Vaccination in the Punjab 1897-1904 - 1897-1904
Year: 1897
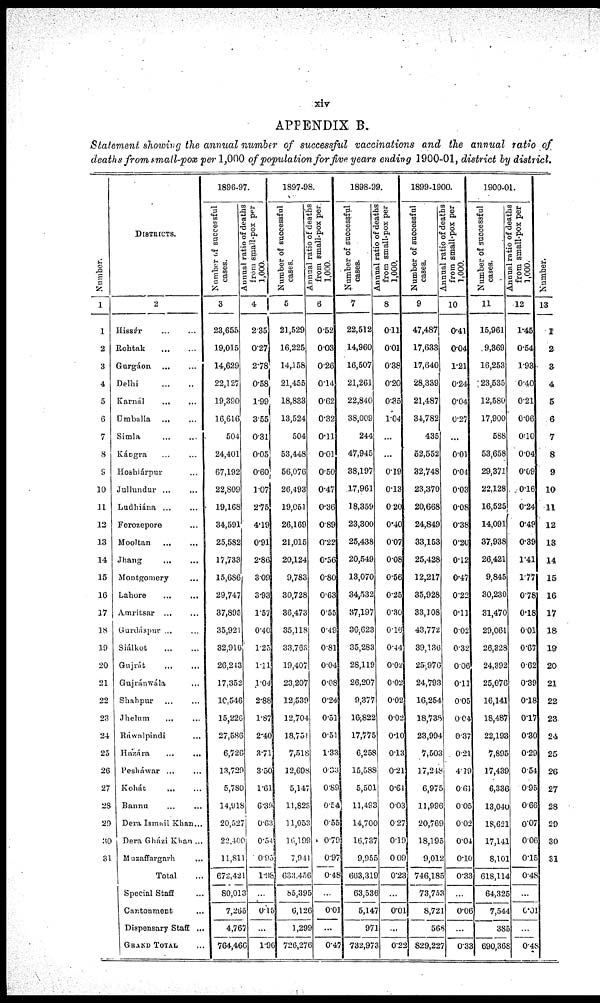
xiv
APPENDIX B.
Statement showing the annual number of successful vaccinations and the annual ratio of
deaths from small-pox per 1,000 of population for five years ending 1900-01, district by district.
Number.
1
1
2
3
4
5
6
7
8
9
10
11
12
13
14
15
16
17
18
19
20
21
22
23
24
25
26
27
28
29
30
31
DISTRICTS.
2
Hissár ... ...
Rohtak ... ...
Gurgáon ... ...
Delhi
...
...
Karnál ... ...
Umballa
...
...
Simla ... ...
Kángra ... ...
Hoshiárpur ... ...
Jullundur ...
...
Ludhiána ... ...
Ferozepore ...
Mooltan ... ...
Jhang ... ...
Montgomery ...
Lahore ... ...
Amritsar ... ...
Gurdáspur ... ...
Siálkot ... ...
Gujrát ... ...
Gujránwála ...
Shahpur ... ...
Jhelum ... ...
Ráwalpindi ...
Házára ... ...
Pesháwar ... ...
Kohát ... ...
Bannu ... ...
Dera Ismail Khan...
Dera Gházi Khan ...
Muzaffargarh ...
Total ...
Special Staff ...
Cantonment ...
Dispensary Staff ...
GRAND TOTAL ...
1896-97.
Number of successful
cases.
3
23,655
19,015
14,629
22,127
19,390
16,616
504
24,401
67,192
22,809
19,168
34,591
25,582
17,733
15,686
29,747
37,895
35,921
32,916
26,243
17,352
10,546
15,226
27,586
6,726
13,729
5,780
14,918
20,527
22,400
11,811
672,421
80,013
7,265
4,767
764,466
Annual ratio of deaths
from small-pox per
1,000.
4
2.35
0.27
2.78
0.58
1.99
3.55
0.31
0.05
0.60
1.07
2.75
4.19
0.91
2.86
3.09
3.93
1.57
0.40
1.23
1.1l
1.04
2.88
1.87
2.40
3.71
3.50
1.61
6.39
0.63
0.54
0.95
1.98
...
0.15
...
1.96
1897-98.
Number of successful
cases.
5
21,529
16,225
14,158
21,455
18,833
13,524
504
53,448
56,076
26,493
19,051
26,169
21,015
20,124
9,783
30,728
36,473
35,118
33,763
19,407
23,207
12,539
12,704
18,751
7,518
12,698
5,147
11,823
11,053
16,199
7,941
633,456
85,395
6,126
1,299
726,276
Annual ratio of deaths
from small-pox per
1,000.
6
0.52
0.03
0.26
0.14
0.62
0.32
0.11
0.01
0.50
0.47
0.36
0.89
0.22
0.56
0.80
0.63
0.55
0.49
0.81
0.04
0.08
0.24
0.51
0.51
1.33
0.33
0.89
0.54
0.55
0.79
0.97
0.48
...
0.01
...
0.47
1898-99.
Number of successful
cases.
7
22,512
14,960
16,507
21,261
22,840
38,009
244
47,945
38,197
17,961
18,359
23,300
25,438
20,549
13,070
34,532
37,197
36,623
35,283
28,119
26,207
9,377
16,822
17,775
6,258
15,588
5,501
11,493
14,700
16,737
9,955
663,319
63,536
5,147
971
732,973
Annual ratio of deaths
from small-pox per
1,000.
8
0.11
0.01
0.38
0.20
0.35
1.04
...
...
0.19
0.13
0.20
0.40
0.07
0.08
0.56
0.25
0.30
0.16
0.44
0.02
0.02
0.02
0.02
0.10
0.13
0.21
0.61
0.03
0.27
0.19
0.09
0.23
...
0.01
...
0.22
1899-1900.
Number of successful
cases.
9
47,487
17,633
17,640
28,339
21,487
34,782
435
52,552
32,748
23,370
20,668
24,849
33,153
25,428
12,217
35,928
33,108
43,772
39,136
25,976
24,793
16,254
18,738
23,994
7,503
17,248
6,975
11,996
20,769
18,195
9,012
746,185
73,753
8,721
568
829,227
Annual ratio of deaths
from small-pox per
1,000.
10
0.41
0.04
1.21
0.24
0.04
0.27
...
0.01
0.04
0.03
0.08
0.38
0.20
0.12
0.47
0.22
0.11
0.02
0.32
0.06
0.11
0.05
0.04
0.37
0.21
4.19
0.61
0.05
0.02
0.04
0.10
0.33
...
0.06
...
0.33
1900-01.
Number of successful
cases.
11
15,961
9,369
16,253
23,535
12,580
17,900
588
53,658
29,371
22,128
16,525
14,091
37,938
26,421
9,845
30,230
31,470
29,061
26,328
24,392
25,076
16,141
18,487
22,193
7,895
17,439
6,336
13,040
18,621
17,141
8,101
618,114
64,325
7,544
385
690,368
Annual ratio of deaths
from small-pox per
1,000.
12
1.45
0.54
1.93
0.40
0.21
0.06
0.10
0.04
0.09
0.16
0.24
0.49
0.39
1.41
1.77
0.78
0.18
0.01
0.67
0.62
0.39
0.18
0.17
0.30
0.29
0.54
0.95
0.66
0.07
0.06
0.15
0.48
...
0.01
...
0.48
Number.
13
1
2
3
4
5
6
7
8
9
10
11
12
13
14
15
16
17
18
19
20
21
22
23
24
25
26
27
28
29
30
31